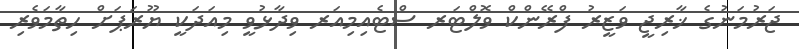
ޖަރުމަނުގެ ޚާރިޖީ ވަޒީރު ފްރޭންކް ވޮލްޓަރ ސްޓެއިމިއަރ ވިދާޅުވީ މިއަދަކީ ޔޫރަޕަށް ހިތާމަވެރި